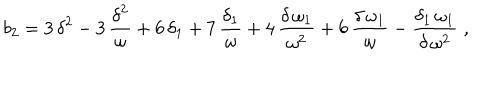
b _ { 2 } = 3 \, { \delta } ^ { 2 } - 3 \, { \displaystyle \frac { { \delta } ^ { 2 } } { { \omega } } } + 6 \, { { \delta } _ { 1 } } + 7 \, { \displaystyle \frac { { { \delta } _ { 1 } } } { { \omega } } } + 4 \, { \displaystyle \frac { { \delta } \, { { \omega } _ { 1 } } } { { \omega } ^ { 2 } } } + 6 \, { \displaystyle \frac { { \delta } \, { { \omega } _ { 1 } } } { { \omega } } } - { \displaystyle \frac { { { \delta } _ { 1 } } \, { { \omega } _ { 1 } } } { { \delta } \, { \omega } ^ { 2 } } } \; ,